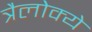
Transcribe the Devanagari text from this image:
त्रैलोक्ये